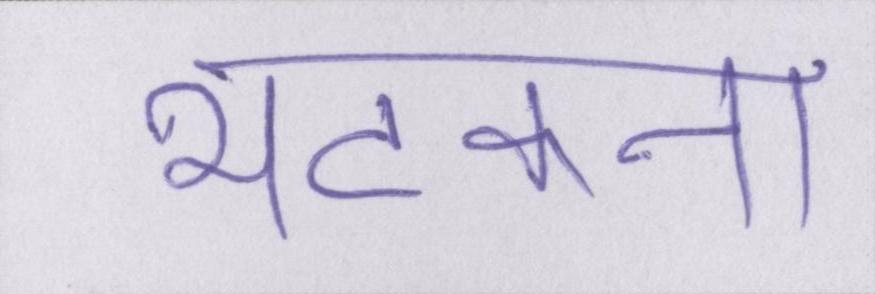
भटकना